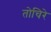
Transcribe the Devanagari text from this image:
तोचिरे